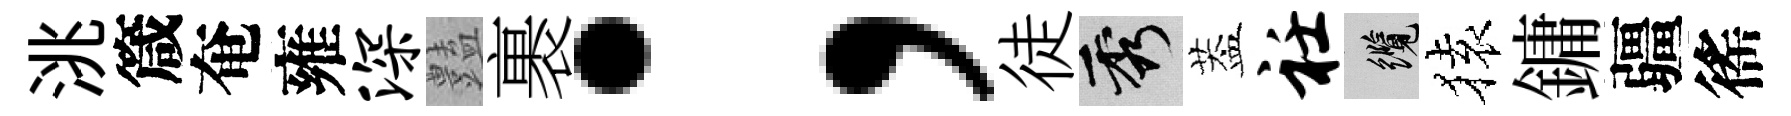
洮箴奄雍深𧰟裹；徒秀葢衽纜𫞤鏞疆徭